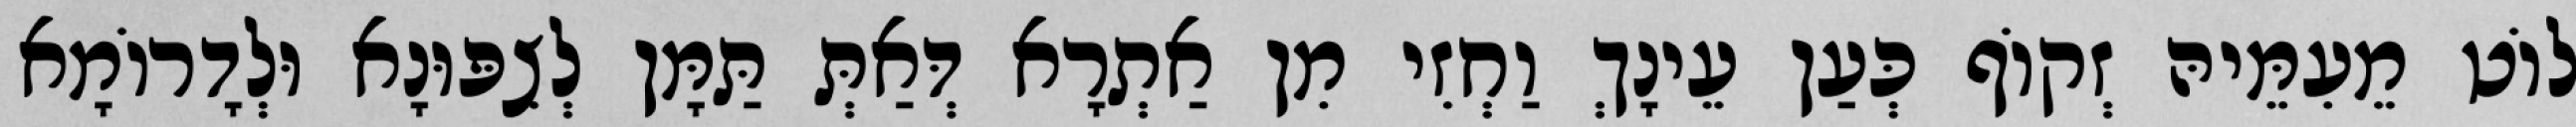
לוֹט מֵעִמֵּיהּ זְקוֹף כְּעַן עֵינָךְ וַחְזִי מִן אַתְרָא דְּאַתְּ תַּמָּן לְצִפּוּנָא וּלְדָרוֹמָא